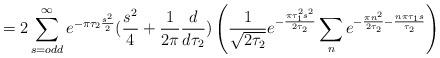
LaTeX: \begin{align*}= 2\sum _{s=odd}^{\infty} e^{-\pi \tau _{2} \frac{s^{2}}{2}}(\frac{s^{2}}{4}+\frac{1}{2\pi} \frac{d}{d\tau _{2}}) \left( \frac{1}{\sqrt{2\tau _{2}}}e^{-\frac{\pi \tau _{1}^{2}s^{2}}{2\tau _{2}}} \sum _{n}e^{-\frac{\pi n^{2}}{2\tau _{2}} -\frac{n\pi \tau _{1} s}{\tau _{2}}} \right)\end{align*}